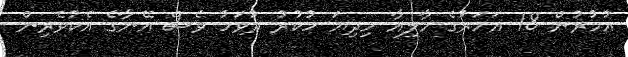
އުމުރުން 18 އަހަރުގެ މާލިއާ މިދިޔަ ހުކުރު ދުވަހު ވެސް އޭނާގެ އެކުވެރިން